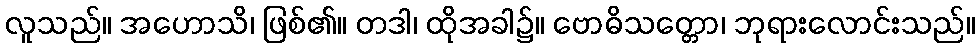
လူသည်။ အဟောသိ၊ ဖြစ်၏။ တဒါ၊ ထိုအခါ၌။ ဗောဓိသတ္တော၊ ဘုရားလောင်းသည်။